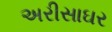
અરીસાઘર